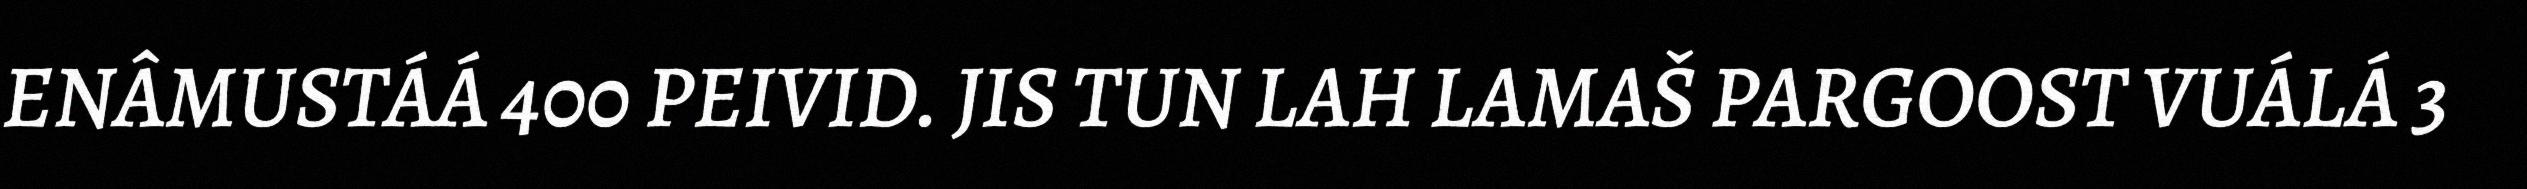
ENÂMUSTÁÁ 400 PEIVID. JIS TUN LAH LAMAŠ PARGOOST VUÁLÁ 3